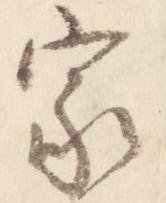
家